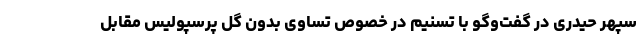
سپهر حیدری در گفت‌وگو با تسنیم در خصوص تساوی بدون گل پرسپولیس مقابل